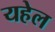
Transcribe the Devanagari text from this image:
यहेल